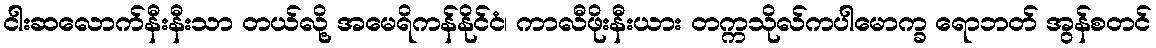
ငါးဆလောက်နီးနီးသာ တယ်လို့ အမေရိကန်နိုင်ငံ၊ ကာလီဖိုးနီးယား တက္ကသိုလ်ကပါမောက္ခ ရောဘတ် အွန်စတင်